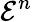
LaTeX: {\mathcal{E}}^{n}